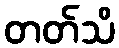
တတ်သိ